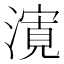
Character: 𭲨